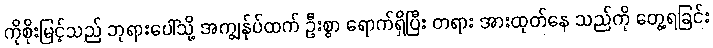
ကိုစိုးမြင့်သည် ဘုရားပေါ်သို့ အကျွန်ုပ်ထက် ဦးစွာ ရောက်ရှိပြီး တရား အားထုတ်နေ သည်ကို တွေ့ရခြင်း